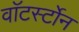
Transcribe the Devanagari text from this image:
वाॅटर्स्टोन